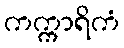
ကက္ကာရိကံ